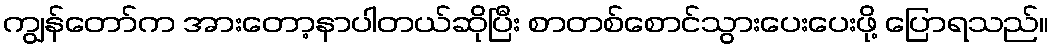
ကျွန်တော်က အားတော့နာပါတယ်ဆိုပြီး စာတစ်စောင်သွားပေးပေးဖို့ ပြောရသည်။